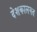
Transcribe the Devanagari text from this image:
देशकालगत